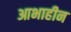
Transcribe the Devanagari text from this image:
आभाहीन